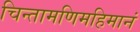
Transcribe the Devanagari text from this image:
चिन्तामणिमहिमानं